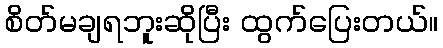
စိတ်မချရဘူးဆိုပြီး ထွက်ပြေးတယ်။